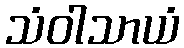
သံဝါသာယံ